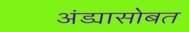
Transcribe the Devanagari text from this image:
अंड्यासोबत